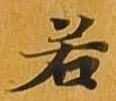
若